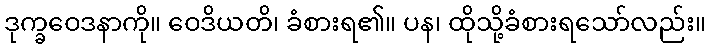
ဒုက္ခဝေဒနာကို။ ဝေဒိယတိ၊ ခံစားရ၏။ ပန၊ ထိုသို့ခံစားရသော်လည်း။